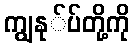
ကျွနု်ပ်တို့ကို